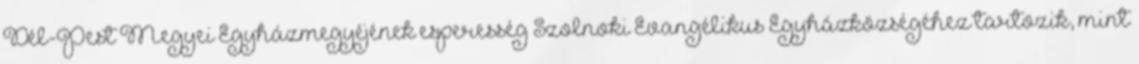
Dél-Pest Megyei Egyházmegyéjének esperesség Szolnoki Evangélikus Egyházközségéhez tartozik, mint